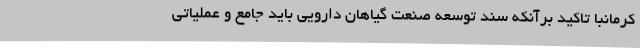
کرمانبا تاکید برآنکه سند توسعه صنعت گیاهان دارویی باید جامع و عملیاتی